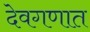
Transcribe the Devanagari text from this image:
देवगणात